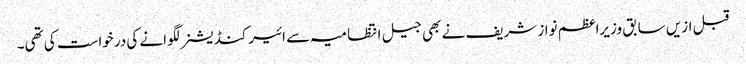
قبل ازیں سابق وزیراعظم نواز شریف نے بھی جیل انتظامیہ سے ائیرکنڈیشنر لگوانے کی درخواست کی تھی۔